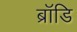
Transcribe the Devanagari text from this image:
ब्रॉडि